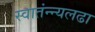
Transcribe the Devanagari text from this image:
स्वातंन्न्यलढा